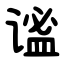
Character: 谧